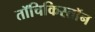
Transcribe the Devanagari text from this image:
तॉचिकिस्तॉन